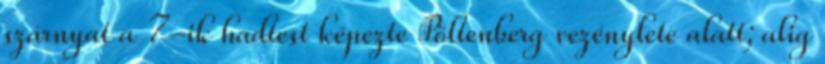
szárnyat a 7-ik hadtest képezte Pöltenberg vezénylete alatt; alig